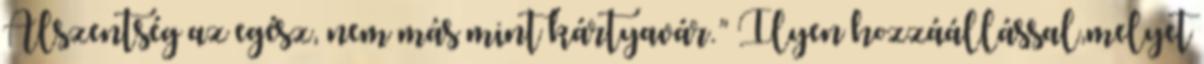
Álszentség az egész, nem más mint kártyavár.” Ilyen hozzáállással,melyet